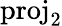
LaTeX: \mathrm{proj}_{2}